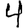
Digit: 4